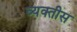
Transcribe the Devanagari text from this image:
व्‍यक्तीस